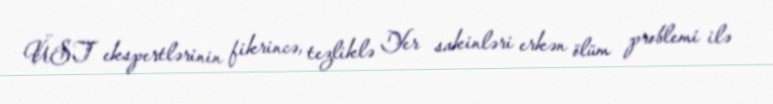
ÜST ekspertlərinin fikrincə, tezliklə Yer sakinləri erkən ölüm problemi ilə